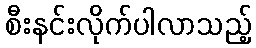
စီးနင်းလိုက်ပါလာသည့်